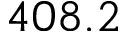
4 0 8 . 2